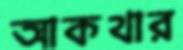
আকথার